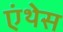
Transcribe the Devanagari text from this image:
एंथेस